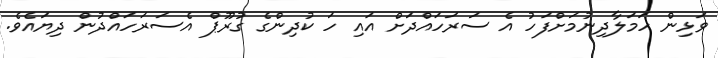
ވަޅިން ހަމަލާދިނުމަށްފަހު އެ ސަރަހައްދަށް އައި ހަ ކުދިންގެ ގުރޫޕް އެސަރަހައްދުން ދިޔައެވެ.